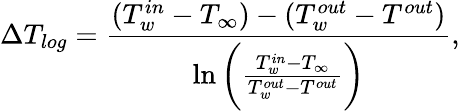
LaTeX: \Delta T_{log}=\frac{(T_{w}^{in}-T_{\infty})-(T_{w}^{out}-T^{out})}{\ln\bigg(\frac{T_{w}^{in}-T_{\infty}}{T_{w}^{out}-T^{out}}\bigg)},